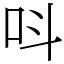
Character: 呌